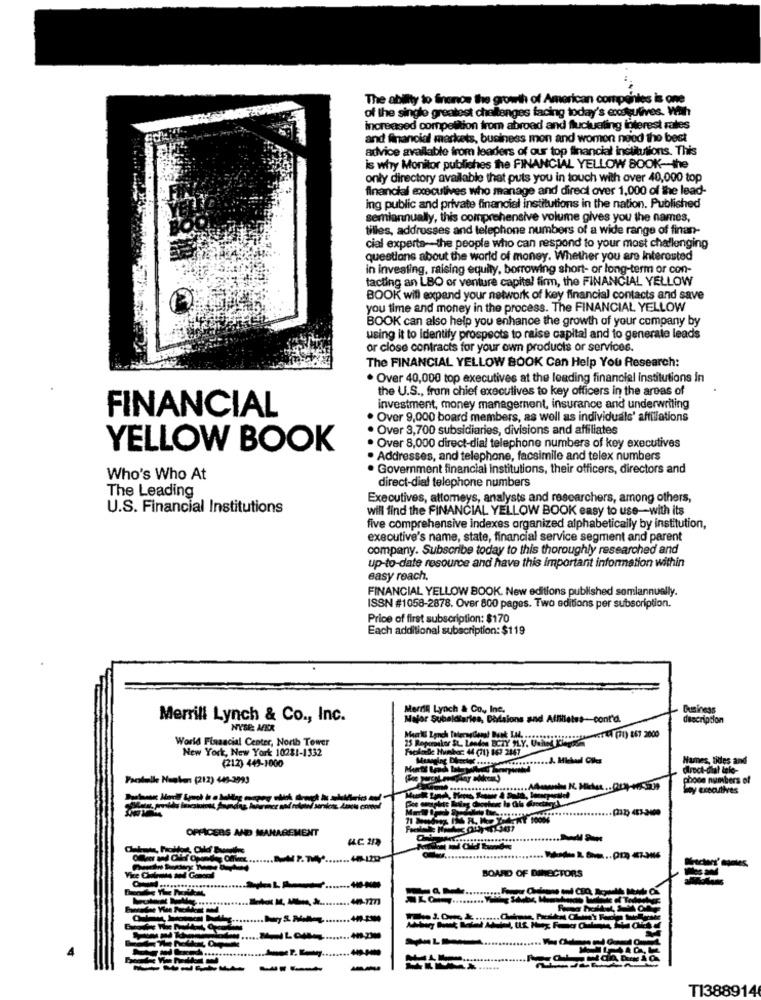
The ability to finonos the growth of American companies is one
of the single greatest challenges facing today's excskulives. With
increased competition from abroad and fluctuating interest rates
and financial markets, business mon and women need the best
advice available from leaders of our top financial institutions. This
is why Monitor publiches the FINANCIAL YELLOW BOOK-the
only directory available that puts you in touch with over 40,000 top
financial executives who manage and direct over 1,000 of the lead-
ing public and private financial institutions in the nation. Published
semiannually, this comprehensive volume gives you the names,
tilles, addresses and telephone numbers of a wide range of finan-
cial experts-the people who can respond to your most challenging
questions about the world of money. Whether you are Interested
in investing, raising equity, borrowing short- or long-term or con-
tacting an LBO or venture capital firm, the FINANCIAL YELLOW
BOOK will expand your network of key financial contacts and save
you time and money in the process. The FINANCIAL YELLOW
BOOK can also help you enhance the growth of your company by
using it to Identify prospects to raise capital and to generate leads
or close contracts for your own products or services.
The FINANCIAL YELLOW BOOK Can Help You Research:
. Over 40,000 top executives at the leading financial institutions in
the U.S ., from chief executives to key officers in the areas of
investment, money management, insurance and underwriting
FINANCIAL
. Over 9,000 board members, as well as individuals' affiliations
· Over 3,700 subsidiaries, divisions and affiliates
YELLOW BOOK
· Over 8,000 direct-dial telephone numbers of key executives
. Addresses, and telephone, facsimile and telex numbers
. Government financial institutions, their officers, directors and
Who's Who At
The Leading
direct-dial telephone numbers
Executives, attomeys, analysts and researchers, among others,
U.S. Financial Institutions
will find the FINANCIAL YELLOW BOOK easy to use-with its
five comprehensive indexes organized alphabetically by institution,
executive's name, state, financial service segment and parent
company. Subscribe today to this thoroughly researched and
up-to-date resource and have this important information within
easy reach.
FINANCIAL YELLOW BOOK. New editions published somlannually.
ISSN #1058-2878. Over 800 pages. Two editions per subscription.
Price of first subscription: $170
Each additional subscription: $119
Merrill Lynch & Co ., Inc.
Business
Merrill Lynch & Co ., Inc.
Major Subaldiaries, Divlaions and Affilletss-cont'd.
description
NYSE MER
World Financial Center, North Tower
(71) 867 2000
New York, New York 10281-1332
25 Repamikor SL, Lenden BCZY SLY, United Kingdom
Faculdade Number: 44 (71) 162 2147
(212) 443-1000
Nunes, tides and
direct-dial tele-
Pacskulle Number (212) 449-3993
phone numbers of
mey executives
OFFICERS AND MANAGEMENT
BOARD OF DIRECTORS
--
..... 44-7271
--
-
T1388914